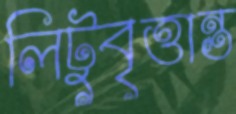
লিটুবৃত্তান্ত